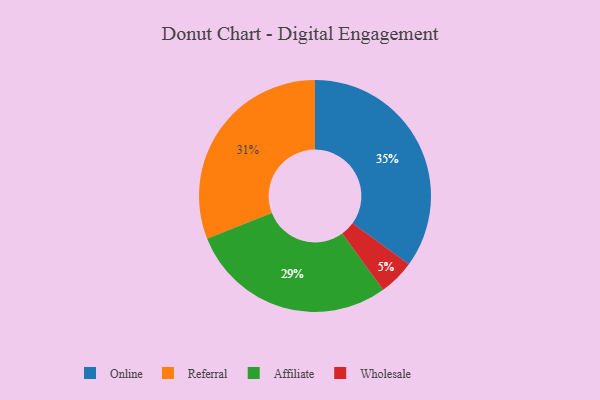
{"axis": {"x": "Category", "y": "Percentage"}, "legend": ["Affiliate", "Online", "Referral", "Wholesale"], "data": [{"x": "Affiliate", "y": 29, "type": "Affiliate"}, {"x": "Referral", "y": 31, "type": "Referral"}, {"x": "Wholesale", "y": 5, "type": "Wholesale"}, {"x": "Online", "y": 35, "type": "Online"}]}